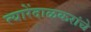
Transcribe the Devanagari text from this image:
त्यारेंदाळकरांचे